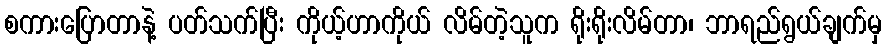
စကားပြောတာနဲ့ ပတ်သက်ပြီး ကိုယ့်ဟာကိုယ် လိမ်တဲ့သူက ရိုးရိုးလိမ်တာ၊ ဘာရည်ရွယ်ချက်မှ